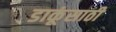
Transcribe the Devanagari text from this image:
डाकूंसाठी